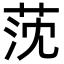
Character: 莐